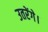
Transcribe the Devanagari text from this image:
उतरेंगे।